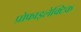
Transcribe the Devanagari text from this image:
प्रोफाइलेक्टिक